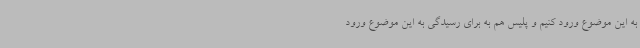
به این موضوع ورود کنیم و پلیس هم به برای رسیدگی به این موضوع ورود